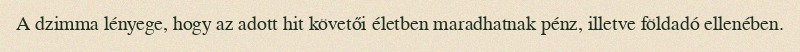
A dzimma lényege, hogy az adott hit követői életben maradhatnak pénz, illetve földadó ellenében.